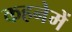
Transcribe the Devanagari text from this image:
कहनेमें